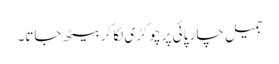
جمیل چار پائی پر چوکڑی لگا کر بیٹھ جاتا۔